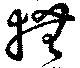
撫